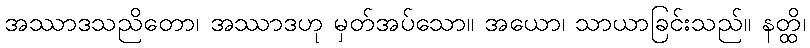
အဿာဒသညိတော၊ အဿာဒဟု မှတ်အပ်သော။ အယော၊ သာယာခြင်းသည်။ နတ္ထိ၊